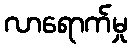
လာရောက်မှု